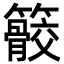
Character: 䉰